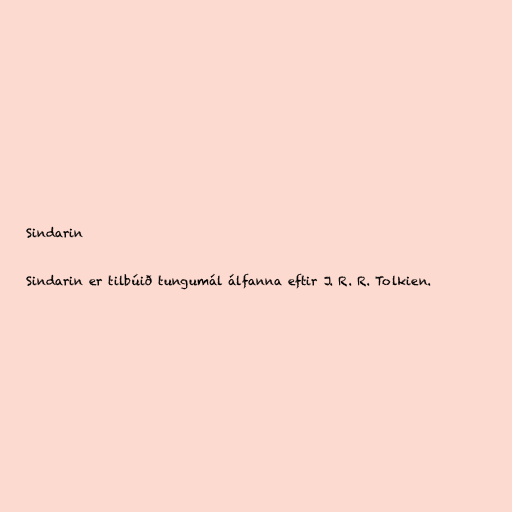
Sindarin

Sindarin er tilbúið tungumál álfanna eftir J. R. R. Tolkien.